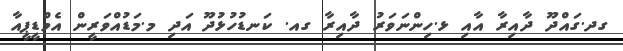
ގދ.ގައްދޫ ދާއިރާ އާއި ޅ.ހިންނަވަރު ދާއިރާ ގއ. ކަނޑުހުޅުދޫ އަދި މ.މަޑުއްވަރީން އެމްޑީޕީއާ